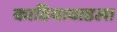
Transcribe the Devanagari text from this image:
काठियावाडला